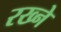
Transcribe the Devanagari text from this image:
रख्ने